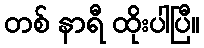
တစ် နာရီ ထိုးပါပြီ။